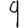
Digit: 9